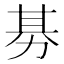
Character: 𭄭